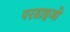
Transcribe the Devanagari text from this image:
परडाइजो